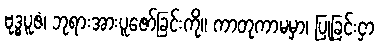
ဗုဒ္ဓပူဇံ၊ ဘုရားအားပူဇော်ခြင်းကို။ ကာတုကာမမှာ၊ ပြုခြင်းငှာ